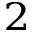
^ 2